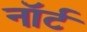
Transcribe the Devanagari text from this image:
नॉर्ट